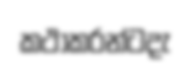
කථාකරන්ටදැ